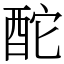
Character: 酡